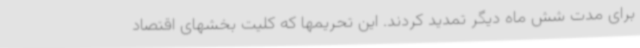
برای مدت شش ماه دیگر تمدید کردند. این تحریمها که کلیت بخشهای اقتصاد